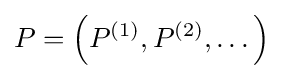
P=\left(P^{(1)},P^{(2)},\dots \right)